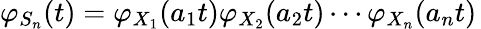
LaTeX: \varphi_{S_{n}}(t)=\varphi_{X_{1}}(a_{1}t)\varphi_{X_{2}}(a_{2}t)\cdots\varphi_{X_{n}}(a_{n}t)\,